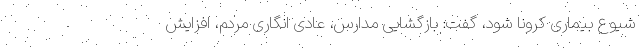
شیوع بیماری کرونا شود، گفت: بازگشایی مدارس، عادی انگاری مردم، افزایش